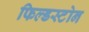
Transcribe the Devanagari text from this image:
फिल्डस्टोन